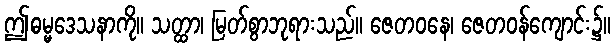
ဤဓမ္မဒေသနာကို။ သတ္ထာ၊ မြတ်စွာဘုရားသည်။ ဇေတဝနေ၊ ဇေတဝန်ကျောင်း၌။